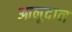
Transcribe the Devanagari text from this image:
आनुदान